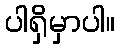
ပါရှိမှာပါ။